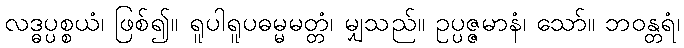
လဒ္ဓပ္ပစ္စယံ၊ ဖြစ်၍။ ရူပါရူပဓမ္မမတ္တံ၊ မျှသည်။ ဥပ္ပဇ္ဇမာနံ၊ သော်။ ဘဝန္တရံ၊